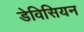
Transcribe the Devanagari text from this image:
डेविसियन